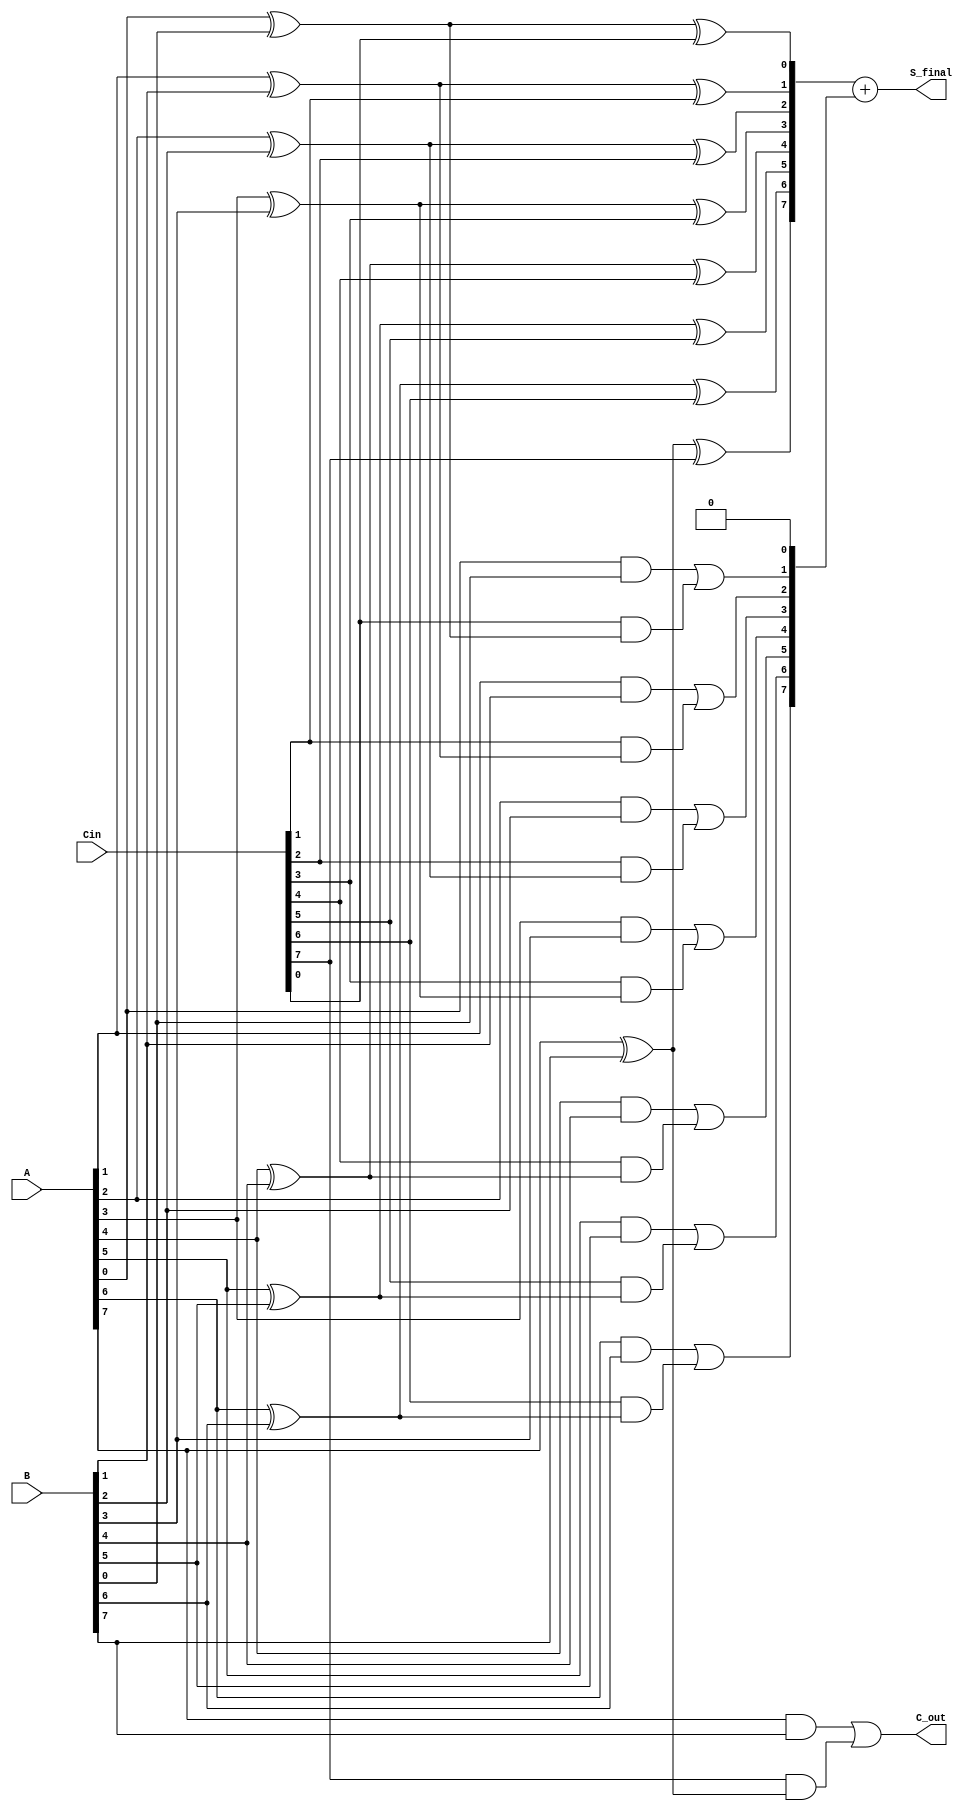
module CarrySaveAdder #(
    parameter N = 8  // Width of the input vectors
)(
    input  [N-1:0] A,      // First input
    input  [N-1:0] B,      // Second input
    input  [N-1:0] Cin,    // Carry-in
    output [N-1:0] S_final, // Final sum output
    output C_out           // Final carry-out
);

    wire [N-1:0] S;        // Partial sums
    wire [N:0] C;          // Carry bits (N+1 to accommodate carry out)

    // Generate partial sums and carries
    genvar i;
    generate
        for (i = 0; i < N; i = i + 1) begin : CSA
            // Sum calculation
            assign S[i] = A[i] ^ B[i] ^ Cin[i];
            // Carry calculation
            assign C[i+1] = (A[i] & B[i]) | (Cin[i] & (A[i] ^ B[i]));
        end
    endgenerate

    // The first carry is initialized to 0
    assign C[0] = 1'b0;

    // Final carry propagation
    assign C_out = C[N]; // Final carry out
    assign S_final = S + C[N-1:0]; // Final sum with carry propagation

endmodule